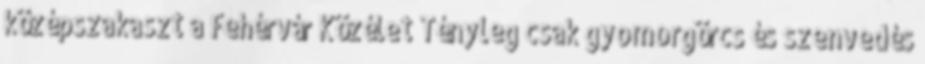
középszakaszt a Fehérvár Közélet Tényleg csak gyomorgörcs és szenvedés